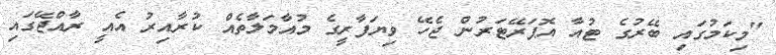
"މިކަމުގައި ބޭރުގެ ޓުއާ އޮޕަރޭޓަރުން ޖެހޭ ވިޔަފާރީގެ މުއާމަލާތެއް ކުރާއިރު އެއީ ރާއްޖޭގައި